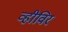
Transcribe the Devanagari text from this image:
व्हीविर